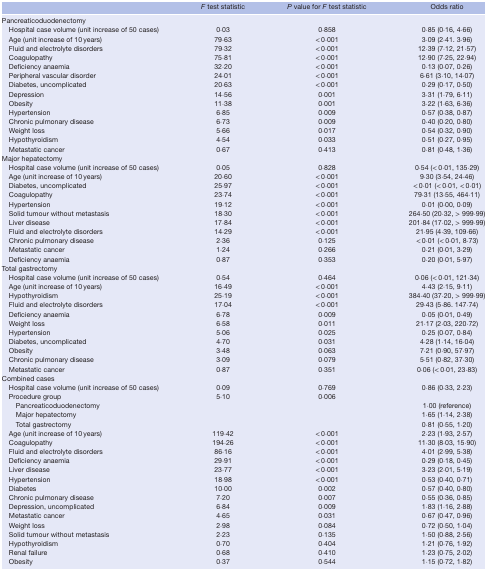
<table><thead><tr><td></td><td><b><i>F</i> test statistic</b></td><td><b><i>P</i> value for <i>F</i> test statistic</b></td><td><b>Odds ratio</b></td></tr></thead><tbody><tr><td>Pancreaticoduodenectomy</td><td></td><td></td><td></td></tr><tr><td>Hospital case volume (unit increase of 50 cases)</td><td>0·03</td><td>0·858</td><td>0·85 (0·16, 4·66)</td></tr><tr><td>Age (unit increase of 10 years)</td><td>79·63</td><td>&lt; 0·001</td><td>3·09 (2·41. 3·96)</td></tr><tr><td>Fluid and electrolyte disorders</td><td>79·32</td><td>&lt; 0·001</td><td>12·39 (7·12, 21·57)</td></tr><tr><td>Coagulopathy</td><td>75·81</td><td>&lt; 0·001</td><td>12·90 (7·25, 22·94)</td></tr><tr><td>Deficiency anaemia</td><td>32·20</td><td>&lt; 0·001</td><td>0·13 (0·07, 0·26)</td></tr><tr><td>Peripheral vascular disorder</td><td>24·01</td><td>&lt; 0·001</td><td>6·61 (3·10, 14·07)</td></tr><tr><td>Diabetes, uncomplicated</td><td>20·63</td><td>&lt; 0·001</td><td>0·29 (0·17, 0·50)</td></tr><tr><td>Depression</td><td>14·56</td><td>0·001</td><td>3·31 (1·79, 6·11)</td></tr><tr><td>Obesity</td><td>11·38</td><td>0·001</td><td>3·22 (1·63, 6·36)</td></tr><tr><td>Hypertension</td><td>6·85</td><td>0·009</td><td>0·57 (0·38, 0·87)</td></tr><tr><td>Chronic pulmonary disease</td><td>6·73</td><td>0·009</td><td>0·40 (0·20, 0·80)</td></tr><tr><td>Weight loss</td><td>5·66</td><td>0·017</td><td>0·54 (0·32, 0·90)</td></tr><tr><td>Hypothyroidism</td><td>4·54</td><td>0·033</td><td>0·51 (0·27, 0·95)</td></tr><tr><td>Metastatic cancer</td><td>0·67</td><td>0·413</td><td>0·81 (0·48, 1·36)</td></tr><tr><td>Major hepatectomy</td><td></td><td></td><td></td></tr><tr><td>Hospital case volume (unit increase of 50 cases)</td><td>0·05</td><td>0·828</td><td>0·54 (&lt; 0·01, 135·29)</td></tr><tr><td>Age (unit increase of 10 years)</td><td>20·60</td><td>&lt; 0·001</td><td>9·30 (3·54, 24·46)</td></tr><tr><td>Diabetes, uncomplicated</td><td>25·97</td><td>&lt; 0·001</td><td>&lt; 0·01 (&lt; 0·01, &lt; 0·01)</td></tr><tr><td>Coagulopathy</td><td>23·74</td><td>&lt; 0·001</td><td>79·31 (13·55, 464·11)</td></tr><tr><td>Hypertension</td><td>19·12</td><td>&lt; 0·001</td><td>0·01 (0·00, 0·09)</td></tr><tr><td>Solid tumour without metastasis</td><td>18·30</td><td>&lt; 0·001</td><td>264·50 (20·32, &gt; 999·99)</td></tr><tr><td>Liver disease</td><td>17·84</td><td>&lt; 0·001</td><td>201·84 (17·02, &gt; 999·99)</td></tr><tr><td>Fluid and electrolyte disorders</td><td>14·29</td><td>&lt; 0·001</td><td>21·95 (4·39, 109·66)</td></tr><tr><td>Chronic pulmonary disease</td><td>2·36</td><td>0·125</td><td>&lt; 0·01 (&lt; 0·01, 8·73)</td></tr><tr><td>Metastatic cancer</td><td>1·24</td><td>0·266</td><td>0·21 (0·01, 3·29)</td></tr><tr><td>Deficiency anaemia</td><td>0·87</td><td>0·353</td><td>0·20 (0·01, 5·97)</td></tr><tr><td>Total gastrectomy</td><td></td><td></td><td></td></tr><tr><td>Hospital case volume (unit increase of 50 cases)</td><td>0·54</td><td>0·464</td><td>0·06 (&lt; 0·01, 121·34)</td></tr><tr><td>Age (unit increase of 10 years)</td><td>16·49</td><td>&lt; 0·001</td><td>4·43 (2·15, 9·11)</td></tr><tr><td>Hypothyroidism</td><td>25·19</td><td>&lt; 0·001</td><td>384·40 (37·20, &gt; 999·99)</td></tr><tr><td>Fluid and electrolyte disorders</td><td>17·04</td><td>&lt; 0·001</td><td>29·43 (5·86. 147·74)</td></tr><tr><td>Deficiency anaemia</td><td>6·78</td><td>0·009</td><td>0·05 (0·01, 0·49)</td></tr><tr><td>Weight loss</td><td>6·58</td><td>0·011</td><td>21·17 (2·03, 220·72)</td></tr><tr><td>Hypertension</td><td>5·06</td><td>0·025</td><td>0·25 (0·07, 0·84)</td></tr><tr><td>Diabetes, uncomplicated</td><td>4·70</td><td>0·031</td><td>4·28 (1·14, 16·04)</td></tr><tr><td>Obesity</td><td>3·48</td><td>0·063</td><td>7·21 (0·90, 57·97)</td></tr><tr><td>Chronic pulmonary disease</td><td>3·09</td><td>0·079</td><td>5·51 (0·82, 37·30)</td></tr><tr><td>Metastatic cancer</td><td>0·87</td><td>0·351</td><td>0·06 (&lt; 0·01, 23·83)</td></tr><tr><td>Combined cases</td><td></td><td></td><td></td></tr><tr><td>Hospital case volume (unit increase of 50 cases)</td><td>0·09</td><td>0·769</td><td>0·86 (0·33, 2·23)</td></tr><tr><td>Procedure group</td><td>5·10</td><td>0·006</td><td></td></tr><tr><td>Pancreaticoduodenectomy</td><td></td><td></td><td>1·00 (reference)</td></tr><tr><td>Major hepatectomy</td><td></td><td></td><td>1·65 (1·14, 2·38)</td></tr><tr><td>Total gastrectomy</td><td></td><td></td><td>0·81 (0·55, 1·20)</td></tr><tr><td>Age (unit increase of 10 years)</td><td>119·42</td><td>&lt; 0·001</td><td>2·23 (1·93, 2·57)</td></tr><tr><td>Coagulopathy</td><td>194·26</td><td>&lt; 0·001</td><td>11·30 (8·03, 15·90)</td></tr><tr><td>Fluid and electrolyte disorders</td><td>86·16</td><td>&lt; 0·001</td><td>4·01 (2·99, 5·38)</td></tr><tr><td>Deficiency anaemia</td><td>29·91</td><td>&lt; 0·001</td><td>0·29 (0·18, 0·45)</td></tr><tr><td>Liver disease</td><td>23·77</td><td>&lt; 0·001</td><td>3·23 (2·01, 5·19)</td></tr><tr><td>Hypertension</td><td>18·98</td><td>&lt; 0·001</td><td>0·53 (0·40, 0·71)</td></tr><tr><td>Diabetes</td><td>10·00</td><td>0·002</td><td>0·57 (0·40, 0·80)</td></tr><tr><td>Chronic pulmonary disease</td><td>7·20</td><td>0·007</td><td>0·55 (0·36, 0·85)</td></tr><tr><td>Depression, uncomplicated</td><td>6·84</td><td>0·009</td><td>1·83 (1·16, 2·88)</td></tr><tr><td>Metastatic cancer</td><td>4·65</td><td>0·031</td><td>0·67 (0·47, 0·96)</td></tr><tr><td>Weight loss</td><td>2·98</td><td>0·084</td><td>0·72 (0·50, 1·04)</td></tr><tr><td>Solid tumour without metastasis</td><td>2·23</td><td>0·135</td><td>1·50 (0·88, 2·56)</td></tr><tr><td>Hypothyroidism</td><td>0·70</td><td>0·404</td><td>1·21 (0·76, 1·92)</td></tr><tr><td>Renal failure</td><td>0·68</td><td>0·410</td><td>1·23 (0·75, 2·02)</td></tr><tr><td>Obesity</td><td>0·37</td><td>0·544</td><td>1·15 (0·72, 1·82)</td></tr></tbody></table>